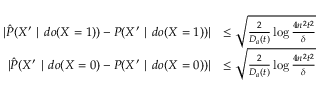
\begin{array} { r l } { | \hat { P } ( X ^ { \prime } \mid d o ( X = 1 ) ) - P ( X ^ { \prime } \mid d o ( X = 1 ) ) | } & { \le \sqrt { \frac { 2 } { D _ { a } ( t ) } \log \frac { 4 n ^ { 2 } t ^ { 2 } } { \delta } } } \\ { | \hat { P } ( X ^ { \prime } \mid d o ( X = 0 ) - P ( X ^ { \prime } \mid d o ( X = 0 ) ) | } & { \le \sqrt { \frac { 2 } { D _ { a } ( t ) } \log \frac { 4 n ^ { 2 } t ^ { 2 } } { \delta } } } \end{array}